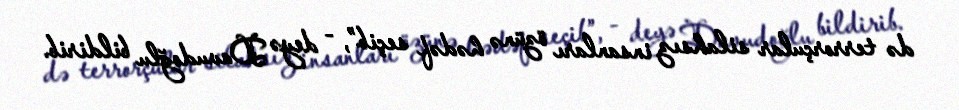
də terrorçular silahsız insanları özünə hədəf seçib”, - deyə Davudoğlu bildirib.